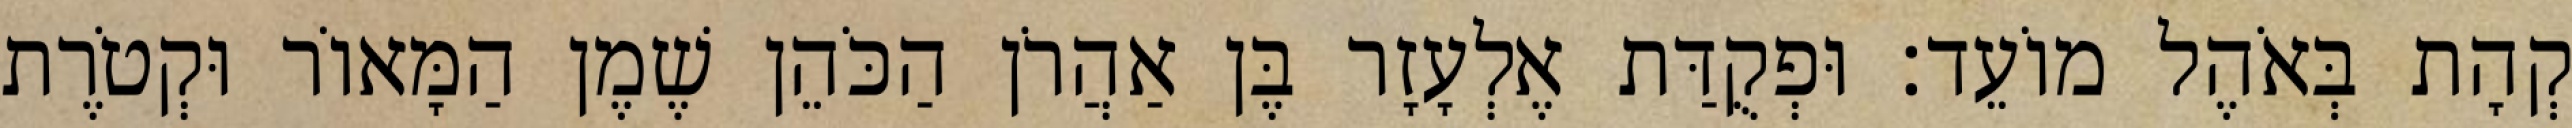
קְהָת בְּאֹהֶל מוֹעֵד׃ וּפְקֻדַּת אֶלְעָזָר בֶּן אַהֲרֹן הַכֹּהֵן שֶׁמֶן הַמָּאוֹר וּקְטֹרֶת